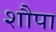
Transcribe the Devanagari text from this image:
शौपा